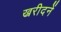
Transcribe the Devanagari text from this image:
ख्ररीदनें